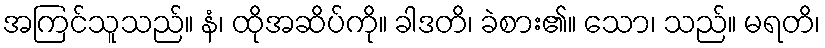
အကြင်သူသည်။ နံ၊ ထိုအဆိပ်ကို။ ခါဒတိ၊ ခဲစား၏။ သော၊ သည်။ မရတိ၊